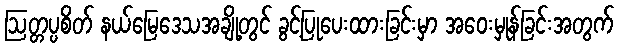
ဩတ္တပ္ပစိတ် နယ်မြေဒေသအချို့တွင် ခွင့်ပြုပေးထားခြင်းမှာ အဝေးမှုန်ခြင်းအတွက်